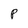
Character: P